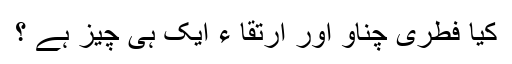
کیا فطری چناؤ اور ارتقا ء ایک ہی چیز ہے ؟